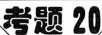
考题20